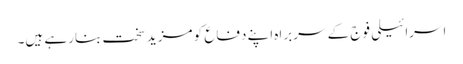
اسرائیلی فوج کے سربراہ اپنے دفاع کو مزید سخت بنارہے ہیں۔